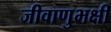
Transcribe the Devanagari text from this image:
जीवाणुभक्षी